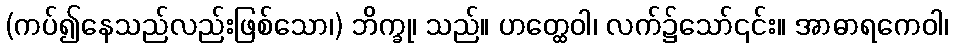
(ကပ်၍နေသည်လည်းဖြစ်သော၊) ဘိက္ခု၊ သည်။ ဟတ္ထေဝါ၊ လက်၌သော်၎င်း။ အာဓာရကေဝါ၊